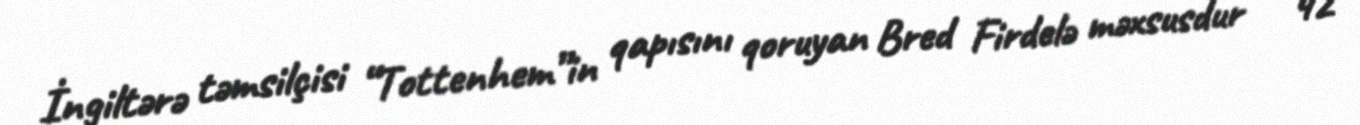
İngiltərə təmsilçisi “Tottenhem”in qapısını qoruyan Bred Firdelə məxsusdur – 42